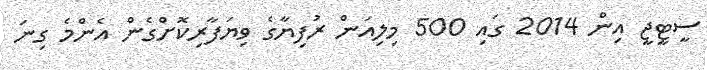
ސީޓީޖީ އިން 2014 ގައި 500 މިލިއަން ރުފިޔާގެ ވިޔަފާރިކޮށްގެން އެންމެ ގިނަ